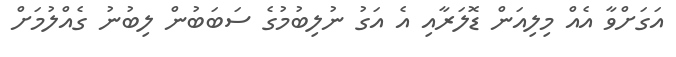
އަގަށްވާ އެއް މިލިއަން ޑޮލަރާއި އެ އަގު ނުލިބުމުގެ ސަބަބުން ލިބުނު ގެއްލުމަށް